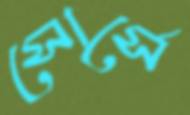
সোর্সে